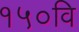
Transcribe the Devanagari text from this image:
१५०वि